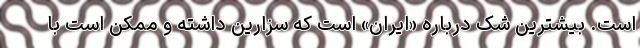
است. بیشترین شک درباره «ایران» است که سزارین داشته و ممکن است با